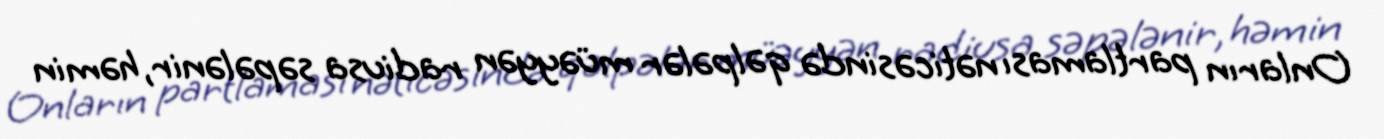
Onların partlaması nəticəsində qəlpələr müəyyən radiusa səpələnir, həmin